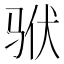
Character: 𱅎